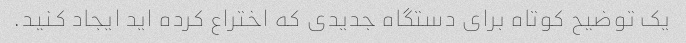
یک توضیح کوتاه برای دستگاه جدیدی که اختراع کرده اید ایجاد کنید.